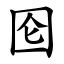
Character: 囵